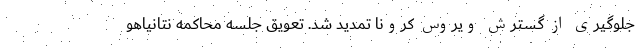
جلوگیری از گسترش ویروس کرونا تمدید شد. تعویق جلسه محاکمه نتانیاهو